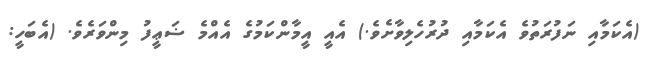
(އެކަމާއި ނަފުރަތުވެ އެކަމާއި ދުރުހެލިވާށެވެ.) އެއީ އީމާންކަމުގެ އެއްމެ ޟަޢީފު މިންވަރެވެ. (އެބަހީ: